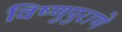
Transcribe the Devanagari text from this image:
विष्णुपुराणे